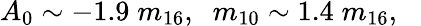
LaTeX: A_{0}\sim-1.9\; m_{16},\; \; m_{10}\sim 1.4\; m_{16},\; \; \;